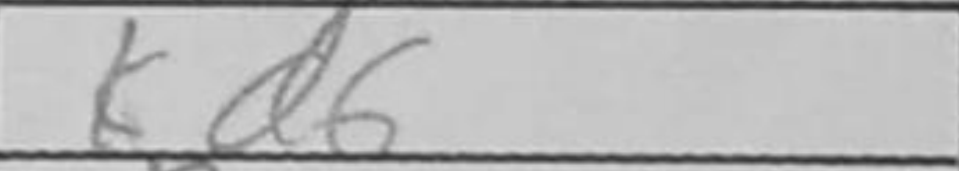
Transcription: Kd6